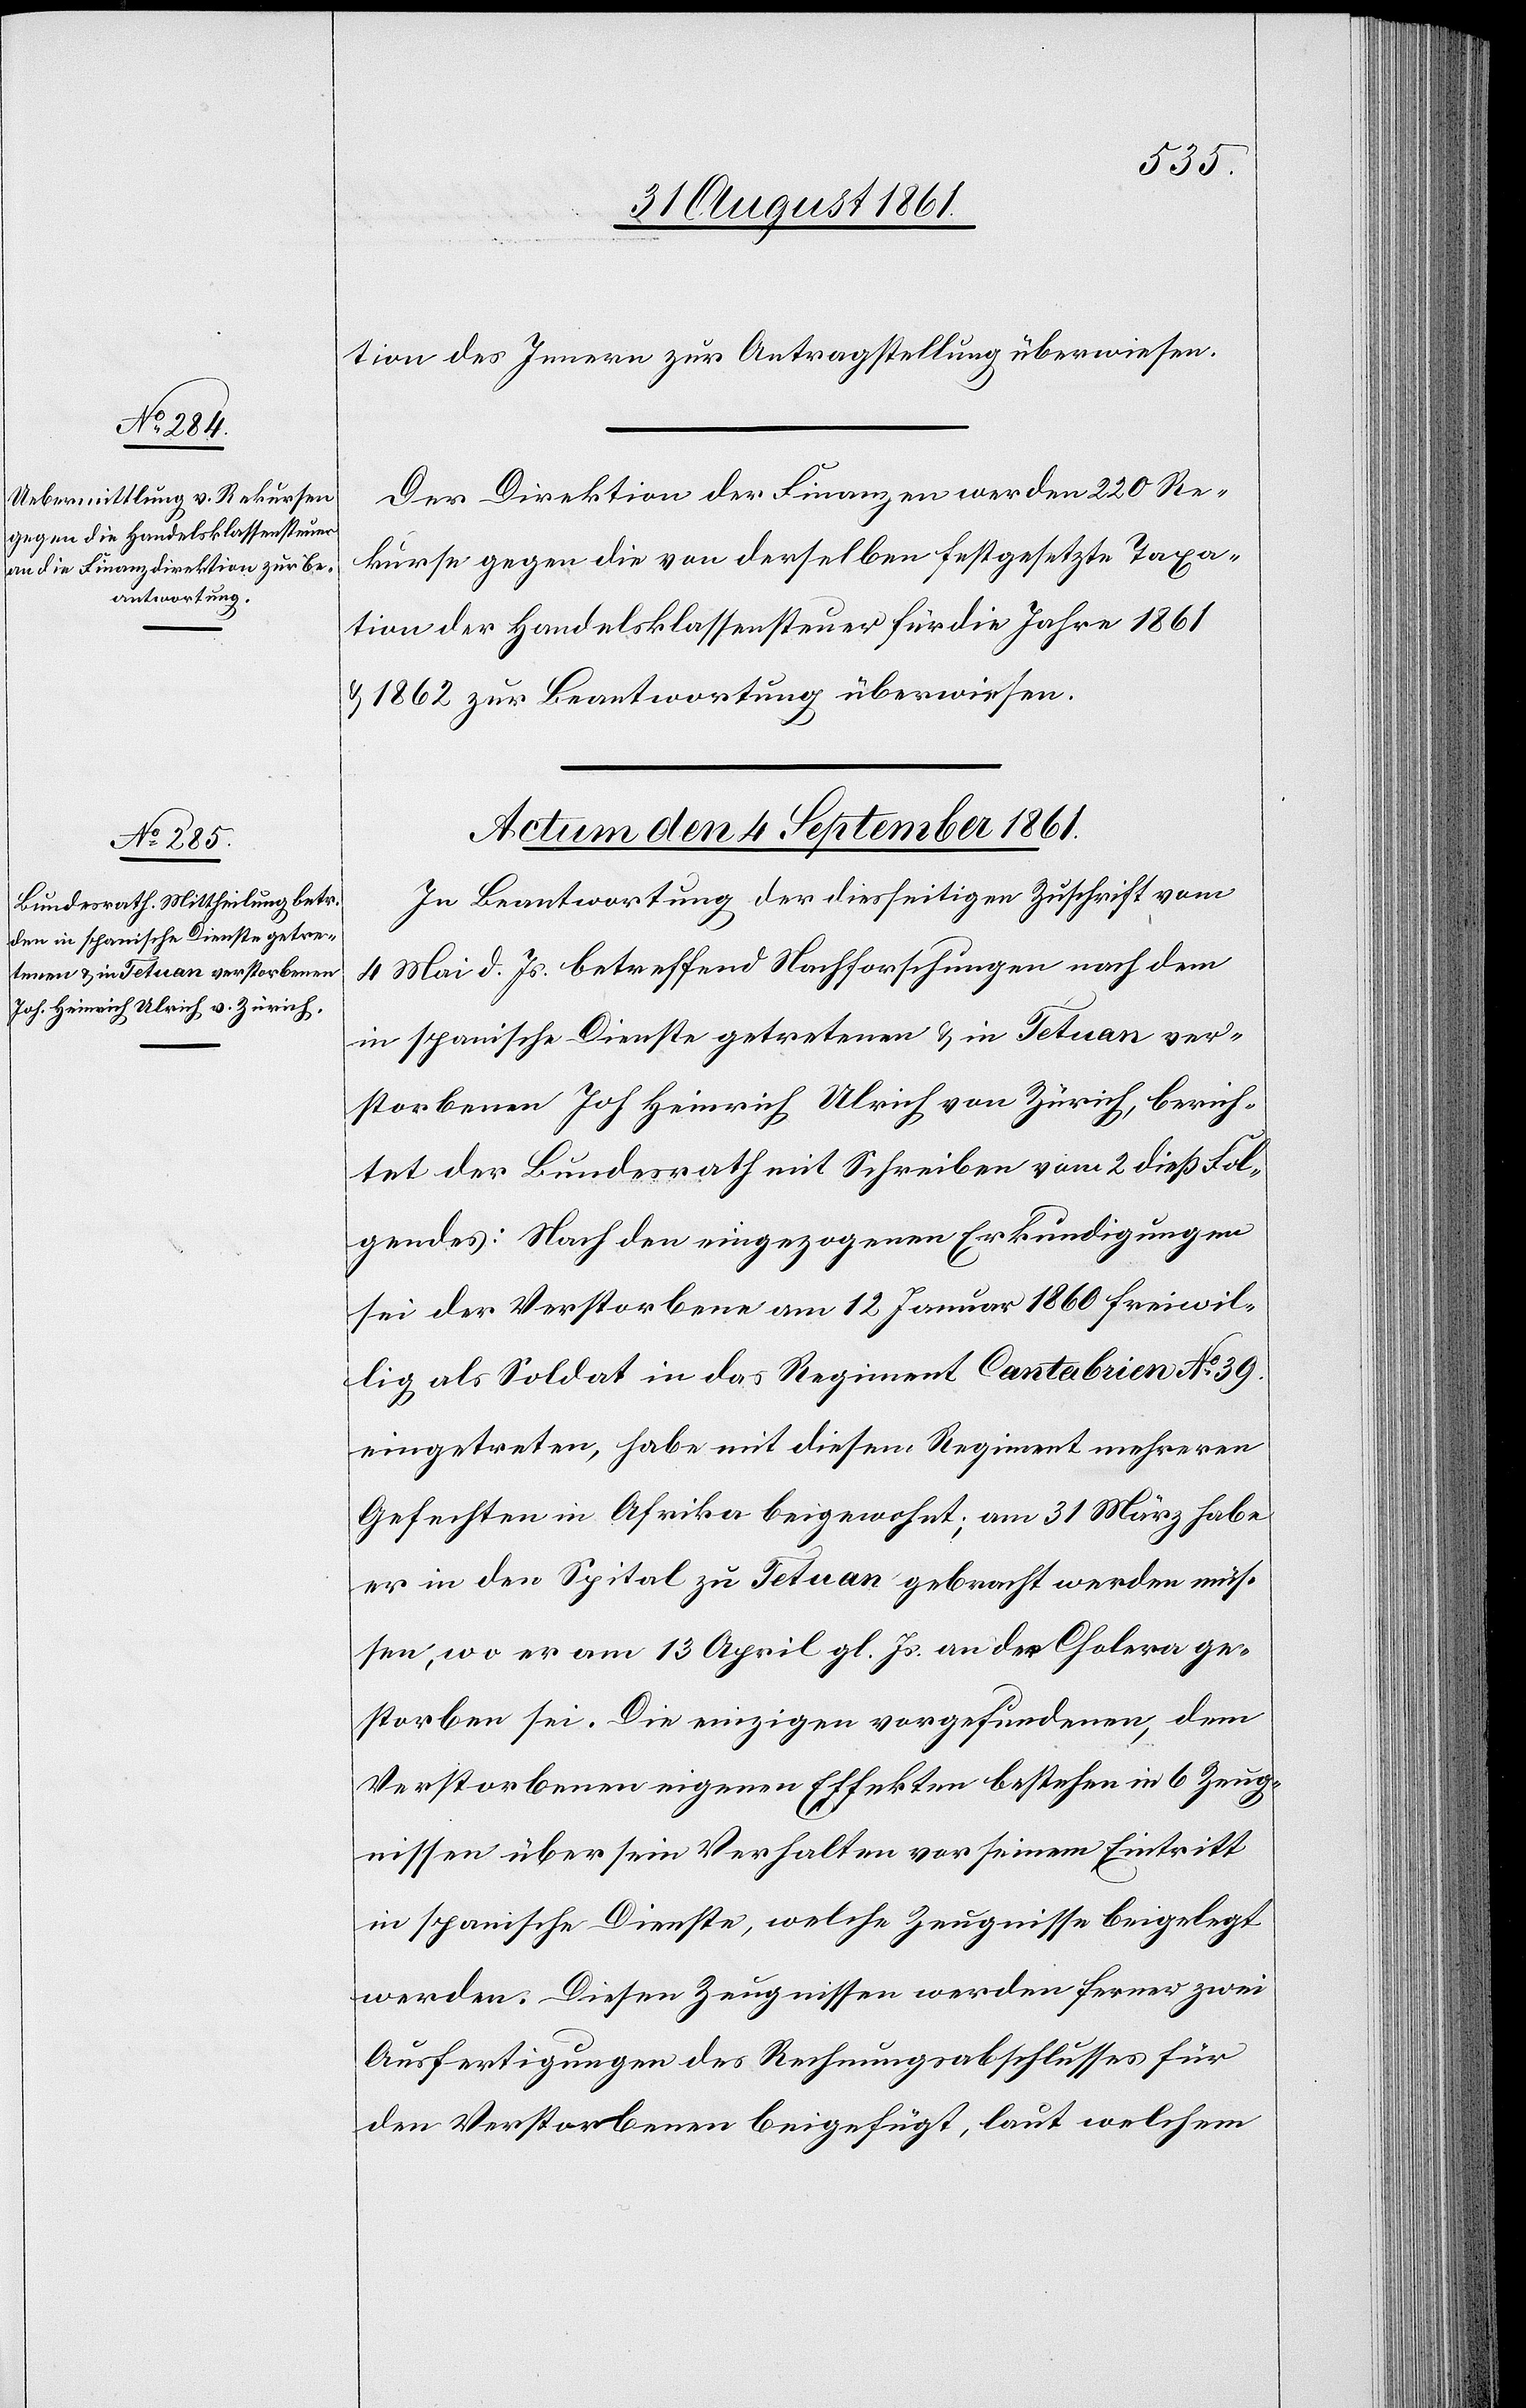
tion des Innern zur Antragstellung überwiesen.
Der Direktion der Finanzen werden 220 Re¬
kurse gegen die von derselben festgesetzte Taxa¬
tion der Handelsklassensteuer für die Jahre 1861
u. 1862 zur Beantwortung überwiesen.
Actum den 4 September 1861.
In Beantwortung der diesseitigen Zuschrift vom
4 Mai d. Js. betreffend Nachforschungen nach den
in spanische Dienste getretenen u. in Tetuan ver¬
storbenen Joh. Heinrich Ulrich von Zürich, berich¬
tet der Bundesrath mit Schreiben vom 2 dieß Fol¬
gendes: Nach den eingezogenen Erkundigungen
sei der Verstorbene am 12 Januar 1860 freiwil¬
lig als Soldat in das Regiment Cantabrien N° 39
eingetreten, habe mit diesem Regiment mehreren
Gefechten in Africa beigewohnt; am 31 März habe
er in den Spital zu Tetuan gebracht werden müs¬
sen, wo er am 13 April gl. Js. an der Cholera ge¬
storben sei. Die einzigen vorgefundenen, dem
Verstorbenen eigenen Effekten bestehen in 6 Zeug¬
nissen über sein Verhalten vor seinem Eintritt
in spanische Dienste, welche Zeugnisse beigelegt
werden. Diesen Zeugnissen werden ferner zwei
Ausfertigungen des Rechnungsbeschlusses für
den Verstorbenen beigefügt, laut welchem